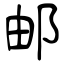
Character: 邮